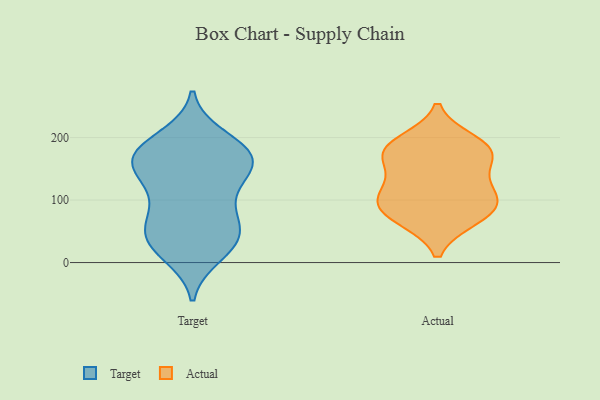
{"axis": {"x": "LTV (USD)", "y": "Value"}, "legend": ["Actual", "Target"], "data": [{"x": "", "y": 63, "type": "Target"}, {"x": "", "y": 159, "type": "Target"}, {"x": "", "y": 154, "type": "Target"}, {"x": "", "y": 83, "type": "Target"}, {"x": "", "y": 174, "type": "Target"}, {"x": "", "y": 168, "type": "Target"}, {"x": "", "y": 52, "type": "Target"}, {"x": "", "y": 13, "type": "Target"}, {"x": "", "y": 184, "type": "Target"}, {"x": "", "y": 31, "type": "Target"}, {"x": "", "y": 22, "type": "Target"}, {"x": "", "y": 200, "type": "Target"}, {"x": "", "y": 44, "type": "Target"}, {"x": "", "y": 186, "type": "Target"}, {"x": "", "y": 124, "type": "Target"}, {"x": "", "y": 159, "type": "Target"}, {"x": "", "y": 90, "type": "Target"}, {"x": "", "y": 39, "type": "Target"}, {"x": "", "y": 159, "type": "Target"}, {"x": "", "y": 130, "type": "Target"}, {"x": "", "y": 179, "type": "Actual"}, {"x": "", "y": 132, "type": "Actual"}, {"x": "", "y": 114, "type": "Actual"}, {"x": "", "y": 69, "type": "Actual"}, {"x": "", "y": 95, "type": "Actual"}, {"x": "", "y": 178, "type": "Actual"}, {"x": "", "y": 69, "type": "Actual"}, {"x": "", "y": 91, "type": "Actual"}, {"x": "", "y": 162, "type": "Actual"}, {"x": "", "y": 101, "type": "Actual"}, {"x": "", "y": 194, "type": "Actual"}, {"x": "", "y": 181, "type": "Actual"}]}